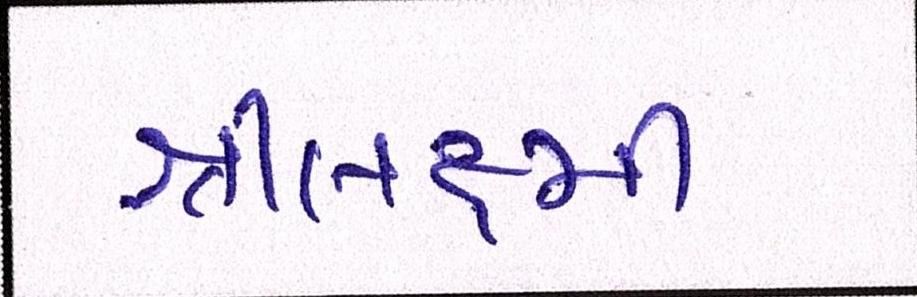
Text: શ્રીલક્ષ્મી